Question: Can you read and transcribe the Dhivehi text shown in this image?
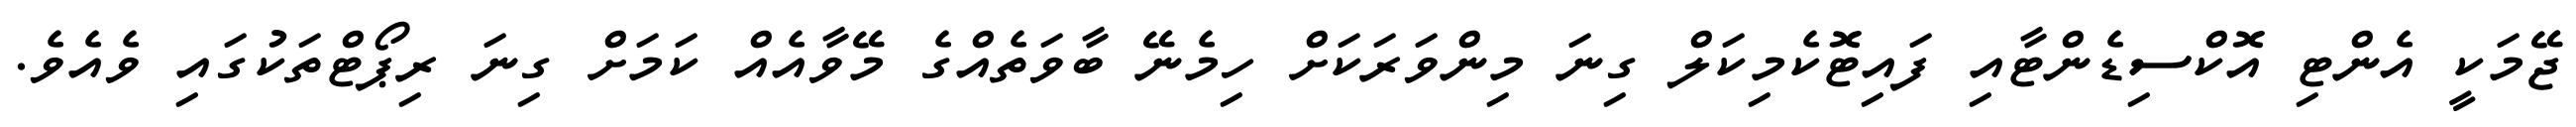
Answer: ޖޭމަކީ އެންޓި އޮކްސިޑެންޓާއި ފައިޓޮކެމިކަލް ގިނަ މިންވަރަކަށް ހިމެނޭ ބާވަތެއްގެ މޭވާއެއް ކަމަށް ގިނަ ރިޕޯޓްތަކުގައި ވެއެވެ.